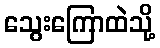
သွေးကြောထဲသို့